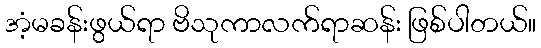
အံ့မခန်းဖွယ်ရာ ဗိသုကာလက်ရာဆန်း ဖြစ်ပါတယ်။